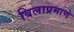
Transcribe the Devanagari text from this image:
बिलाप्रमाणे